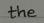
the